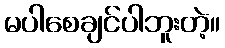
မပါစေချင်ပါဘူးတဲ့။